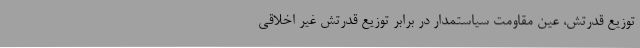
توزیع قدرتش، عین مقاومت سیاستمدار در برابر توزیع قدرتش غیر اخلاقی